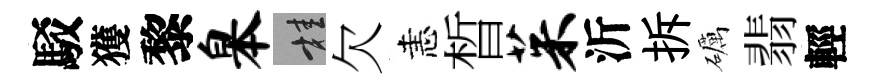
駁獲黎皋桂欠恚晳茱沂拆礪翡輕